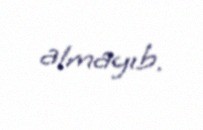
almayıb.